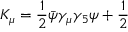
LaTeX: K _ { \mu } = \frac { 1 } { 2 } \bar { \psi } \gamma _ { \mu } \gamma _ { 5 } \psi + \frac { 1 } { 2 }